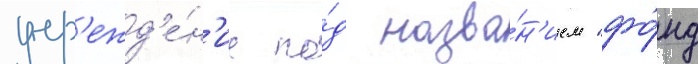
учр'ежд'е́н'ие по́д назва́н'ием "фо́нд